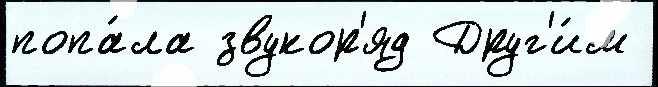
попа́ла звукор'яд Друг'и́м